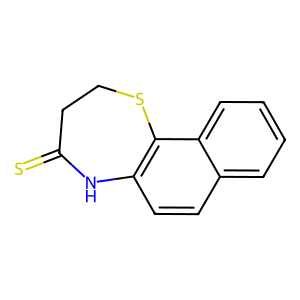
SMILES: S=C1CCSc2c(ccc3ccccc23)N1
Inhibits HIV replication: No